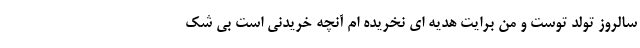
سالروز تولد توست و من برایت هدیه ای نخریده ام آنچه خریدنی است بی شک